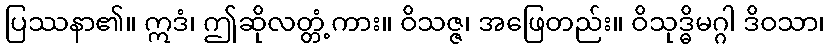
ပြဿနာ၏။ ဣဒံ၊ ဤဆိုလတ္တံ့ကား။ ဝိသဇ္ဇ၊ အဖြေတည်း။ ဝိသုဒ္ဓိမဂ္ဂါ ဒိဝသာ၊